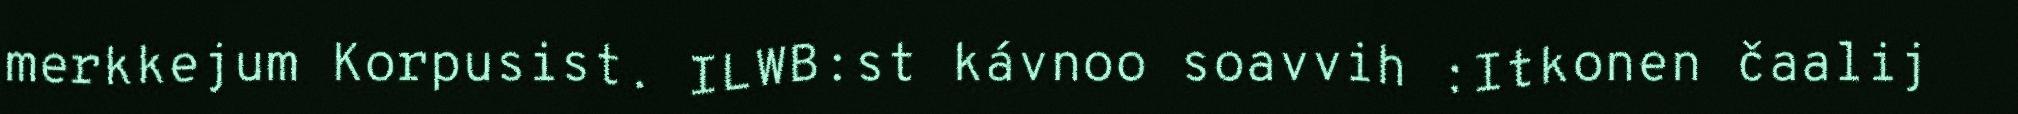
merkkejum Korpusist. ILWB:st kávnoo soavvih :Itkonen čaalij